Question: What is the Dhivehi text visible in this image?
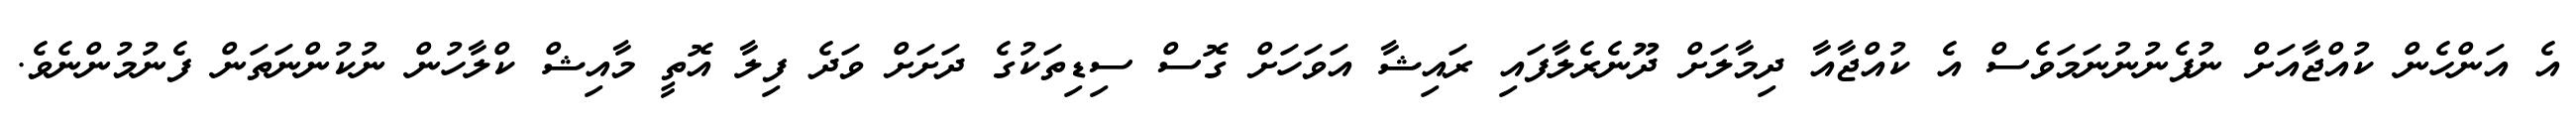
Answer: އެ އަންހެން ކުއްޖާއަށް ނުފެނުނުނަމަވެސް އެ ކުއްޖާއާ ދިމާލަށް ދޫނެރެލާފައި ރައިޝާ އަވަހަށް ގޮސް ސިޑިތަކުގެ ދަށަށް ވަދެ ފިލާ އޮތީ މާއިޝް ކްލާހުން ނުކުންނަތަން ފެނުމުންނެވެ.